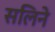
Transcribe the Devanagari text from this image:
सलिने